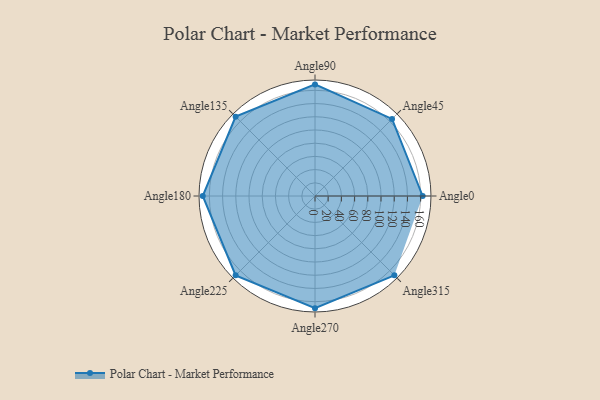
{"axis": {"x": "Angle", "y": "Radius"}, "legend": [""], "data": [{"x": "Angle0", "y": 163.0, "type": ""}, {"x": "Angle45", "y": 165.0, "type": ""}, {"x": "Angle90", "y": 169.0, "type": ""}, {"x": "Angle135", "y": 170, "type": ""}, {"x": "Angle180", "y": 170, "type": ""}, {"x": "Angle225", "y": 170, "type": ""}, {"x": "Angle270", "y": 170, "type": ""}, {"x": "Angle315", "y": 170, "type": ""}]}